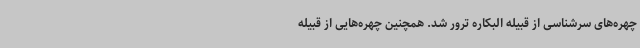
چهره‌های سرشناسی از قبیله البکاره ترور شد. همچنین چهره‌هایی از قبیله